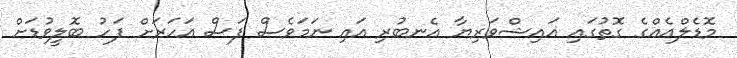
މޮޑެލްއެއްގެ ގޮތުގައި އައިޝްވަރިޔާ އެނބުރި އައި ނަމަވެސް ފަސް އަހަރަށް ފަހު ބޮލީވުޑަށް